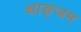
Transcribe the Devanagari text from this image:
थाङ्जम